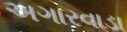
અગારવાડા